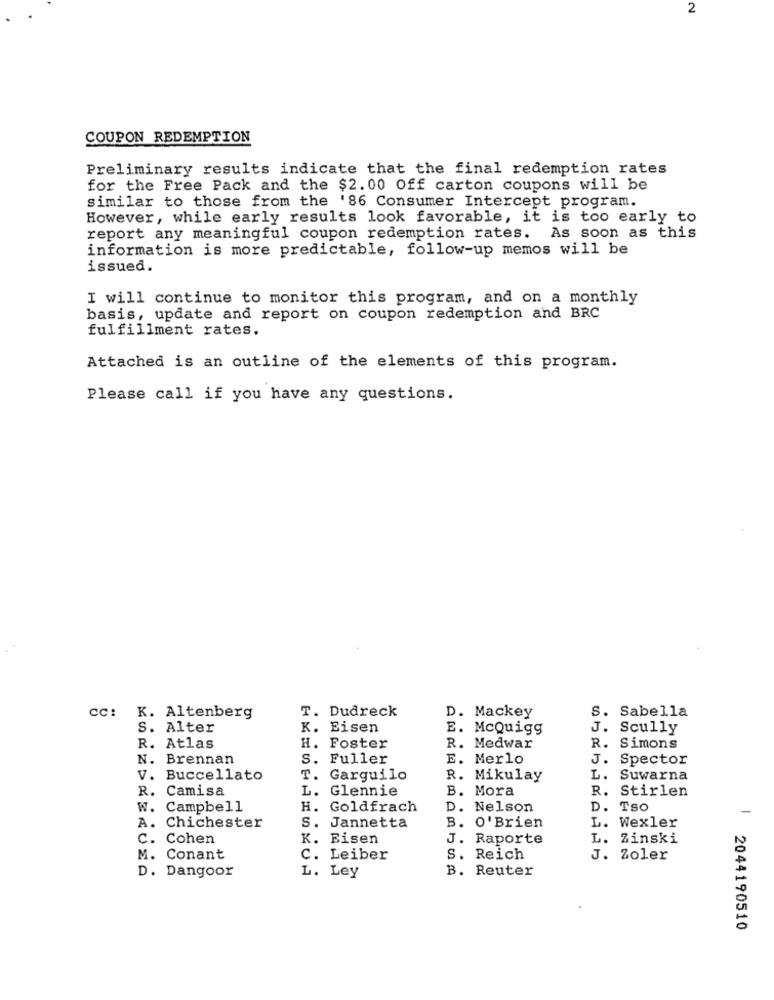
2
COUPON REDEMPTION
Preliminary results indicate that the final redemption rates
for the Free Pack and the $2.00 Off carton coupons will be
similar to those from the '86 Consumer Intercept program.
However, while early results look favorable, it is too early to
report any meaningful coupon redemption rates. As soon as this
information is more predictable, follow-up memos will be
issued.
I will continue to monitor this program, and on a monthly
basis, update and report on coupon redemption and BRC
fulfillment rates.
Attached is an outline of the elements of this program.
Please call if you have any questions.
T. Dudreck
D. Mackey
S. Sabella
Cc: K. Altenberg
S. Alter
K. Eisen
E. McQuigg
J. Scully
R. Atlas
H. Foster
R. Medwar
R. Simons
N. Brennan
S. Fuller
E. Merlo
J. Spector
V. Buccellato
T.
Garguilo
R. Mikulay
L.
Suwarna
R. Camisa
L.
Glennie
B. Mora
R. Stirlen
W. Campbell
H. Goldfrach
D. Nelson
D. Tso
-
L. Wexler
A. Chichester
S. Jannetta
B. O' Brien
c.
Cohen
K. Eisen
J. Raporte
L. Zinski
M. Conant
C. Leiber
S. Reich
J. Zoler
D. Dangoor
B. Reuter
L. Ley
2044190510